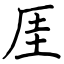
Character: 厓